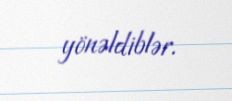
yönəldiblər.